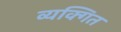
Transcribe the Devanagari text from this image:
व्यक्गित